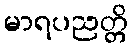
မာရပညတ္တိ